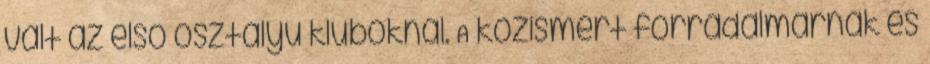
vált az első osztályú kluboknál. A közismert forradalmárnak és